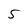
Character: 5